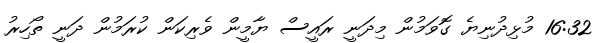
16:32 މުޅިދުނިޔެ ގޮވަމުން މިދަނީ ރައީސް ޔާމީން ވެރިކަން ކުރަމުން ދަނީ ތޯހިރު